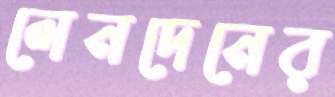
লেনদেনের